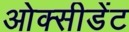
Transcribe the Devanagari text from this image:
ओक्सीडेंट